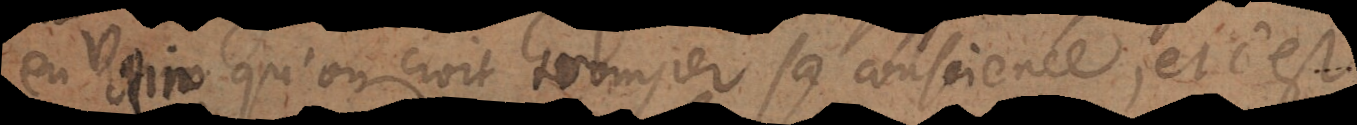
en vain qu’on croit tromper sa conscience, et c’est